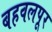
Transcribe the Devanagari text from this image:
बहवलपूर